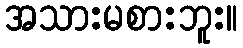
အသားမစားဘူး။